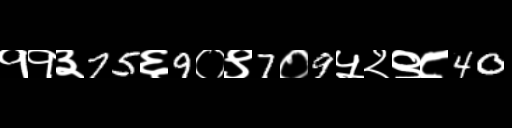
Text: ११३75६9०९7०9५२९८40